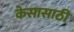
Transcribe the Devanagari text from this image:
केसासाठी